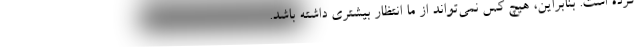
کرده است. بنابراین، هیچ کس نمی‌تواند از ما انتظار بیشتری داشته باشد.